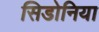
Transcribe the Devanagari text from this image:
सिडोनिया